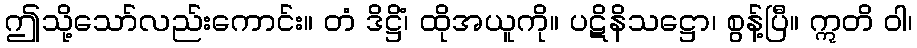
ဤသို့သော်လည်းကောင်း။ တံ ဒိဋ္ဌိံ၊ ထိုအယူကို။ ပဋိနိသဋ္ဌော၊ စွန့်ပြီ။ ဣတိ ဝါ၊